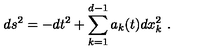
d s ^ { 2 } = - d t ^ { 2 } + \sum _ { k = 1 } ^ { d - 1 } a _ { k } ( t ) d x _ { k } ^ { 2 } \ .